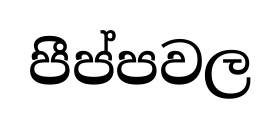
පීප්පවල